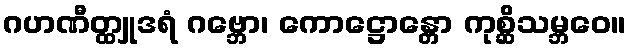
ဂဟဏီတ္ထျုဒရံ ဂဗ္ဘော၊ ကောဋ္ဌောန္တော ကုစ္ဆိသမ္ဘဝေ။